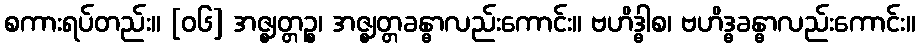
စကားရပ်တည်း။ [၀၆] အဇ္ဈတ္တဉ္စ၊ အဇ္ဈတ္တခန္ဓာလည်းကောင်း။ ဗဟိဒ္ဓါစ၊ ဗဟိဒ္ဓခန္ဓာလည်းကောင်း။